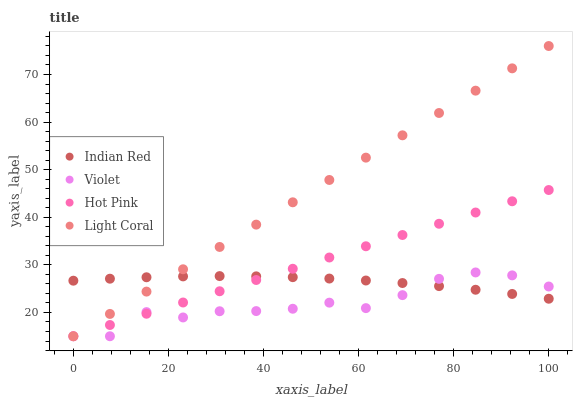
| xaxis_label | Indian Red | Violet | Hot Pink | Light Coral |
 | --- | --- | --- | --- | --- |
 | 0 | 26.7 | 15 | 15 | 15 |
 | 7.69 | 27.1 | 15 | 17.4 | 19.7 |
 | 15.4 | 27.4 | 20.1 | 19.7 | 24.4 |
 | 23.1 | 27.6 | 19 | 22.1 | 29.1 |
 | 30.8 | 27.6 | 20.3 | 24.5 | 33.8 |
 | 38.5 | 27.6 | 20.3 | 26.8 | 38.5 |
 | 46.2 | 27.4 | 20.8 | 29.2 | 43.1 |
 | 53.8 | 27.1 | 22.1 | 31.5 | 47.8 |
 | 61.5 | 26.7 | 20.9 | 33.9 | 52.5 |
 | 69.2 | 26.2 | 23.6 | 36.3 | 57.2 |
 | 76.9 | 25.5 | 27.1 | 38.6 | 61.9 |
 | 84.6 | 24.8 | 28.4 | 41 | 66.6 |
 | 92.3 | 23.9 | 27.8 | 43.4 | 71.3 |
 | 100 | 22.9 | 25.5 | 45.7 | 76 |